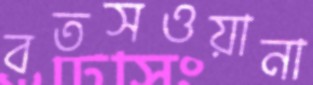
বতসওয়ানা